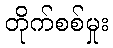
တိုက်စစ်မှုး